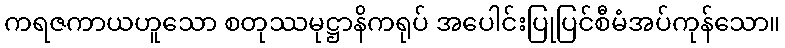
ကရဇကာယဟူသော စတုဿမုဋ္ဌာနိကရုပ် အပေါင်းပြုပြင်စီမံအပ်ကုန်သော။